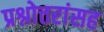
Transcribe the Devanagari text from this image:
प्रश्नोत्तरांसह